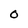
Character: O